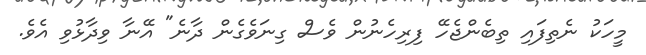
މީހަކު ނެތިފައި ތިބެންޖެހޭ ފިރިހެނުން ވެސް ގިނަވެގެން ދާނެ" އޭނާ ވިދާޅުވި އެވެ.